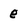
Character: e